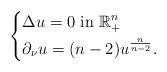
LaTeX: \begin{align*}\left\{\begin{aligned}&\Delta u=0\ \hbox{in}\ \mathbb R^n_+\\&\partial_\nu u=(n-2) u^{n\over n-2}.\\\end{aligned}\right.\end{align*}